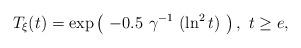
LaTeX: \begin{align*} T_{\xi}(t) = \exp \left( \ - 0.5 \ \gamma^{-1} \ (\ln^2 t) \ \right), \ t \ge e,\end{align*}